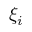
\xi _ { i }